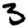
Digit: 5